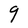
Character: q